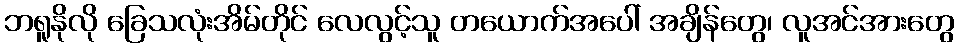
ဘရူနိုလို ခြေသလုံးအိမ်တိုင် လေလွင့်သူ တယောက်အပေါ် အချိန်တွေ၊ လူအင်အားတွေ